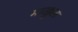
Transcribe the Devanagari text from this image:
मारक्कुला